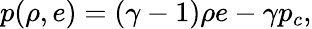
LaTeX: p(\rho,e)=(\gamma-1)\rho e-\gamma p_{c},